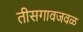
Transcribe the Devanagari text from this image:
तीसगावजवळ